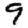
Digit: 9